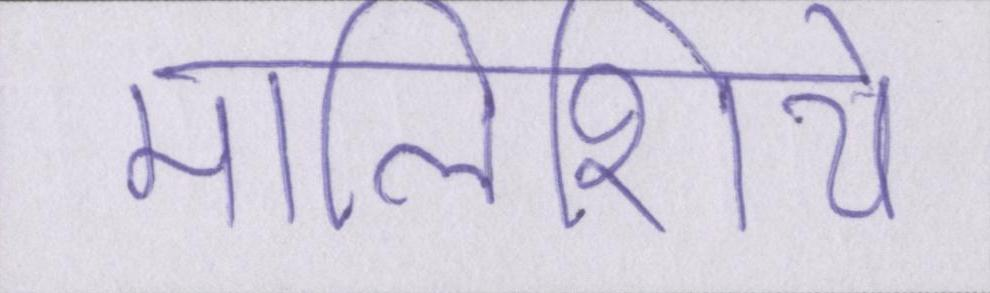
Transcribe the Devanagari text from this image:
मालिशिये